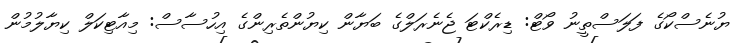
ޔުނެސްކޯގެ ފަލަސްތީނު ވޯޓް: ޑިރެކްޓަ ޖެނެރަލްގެ ބަޔާން ކިޔުންތެރިންގެ އިހުސާސް: މިއާޓިކަލް ކިޔާލުމުން